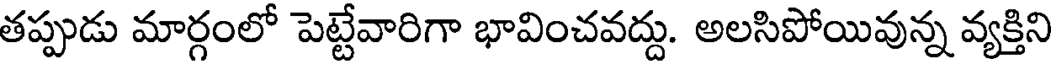
తప్పుడు మార్గంలో పెట్టేవారిగా భావించవద్దు. అలసిపోయివున్న వ్యక్తిని